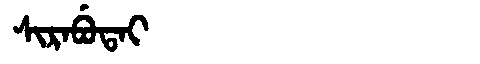
Manchu: ᠰᡳᡵᠠᠪᡠᡨᠠᡳ
Romanization: SIRABUTAI